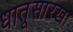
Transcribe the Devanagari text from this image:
धातूसारखा